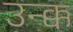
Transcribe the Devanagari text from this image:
उन्क्क